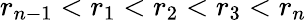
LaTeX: r_{n-1}<r_{1}<r_{2}<r_{3}<r_{n}